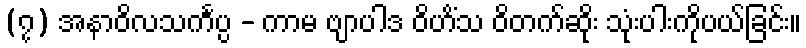
(၇) အနာဝိလသင်္ကပ္ပ - ကာမ ဗျာပါဒ ဝိဟိံသ ဝိတက်ဆိုး သုံးပါးကိုပယ်ခြင်း။